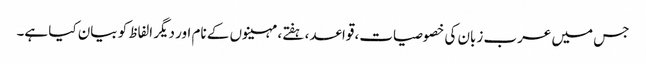
جس میں عرب زبان کی خصوصیات، قواعد، ہفتے، مہینوں کے نام اور دیگر الفاظ کو بیان کیا ہے۔